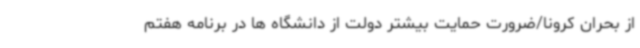
از بحران کرونا/ضرورت حمایت بیشتر دولت از دانشگاه ها در برنامه هفتم